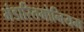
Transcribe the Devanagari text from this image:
भंडारितमोनियम